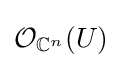
{\mathcal {O}}_{\mathbb {C} ^{n}}(U)